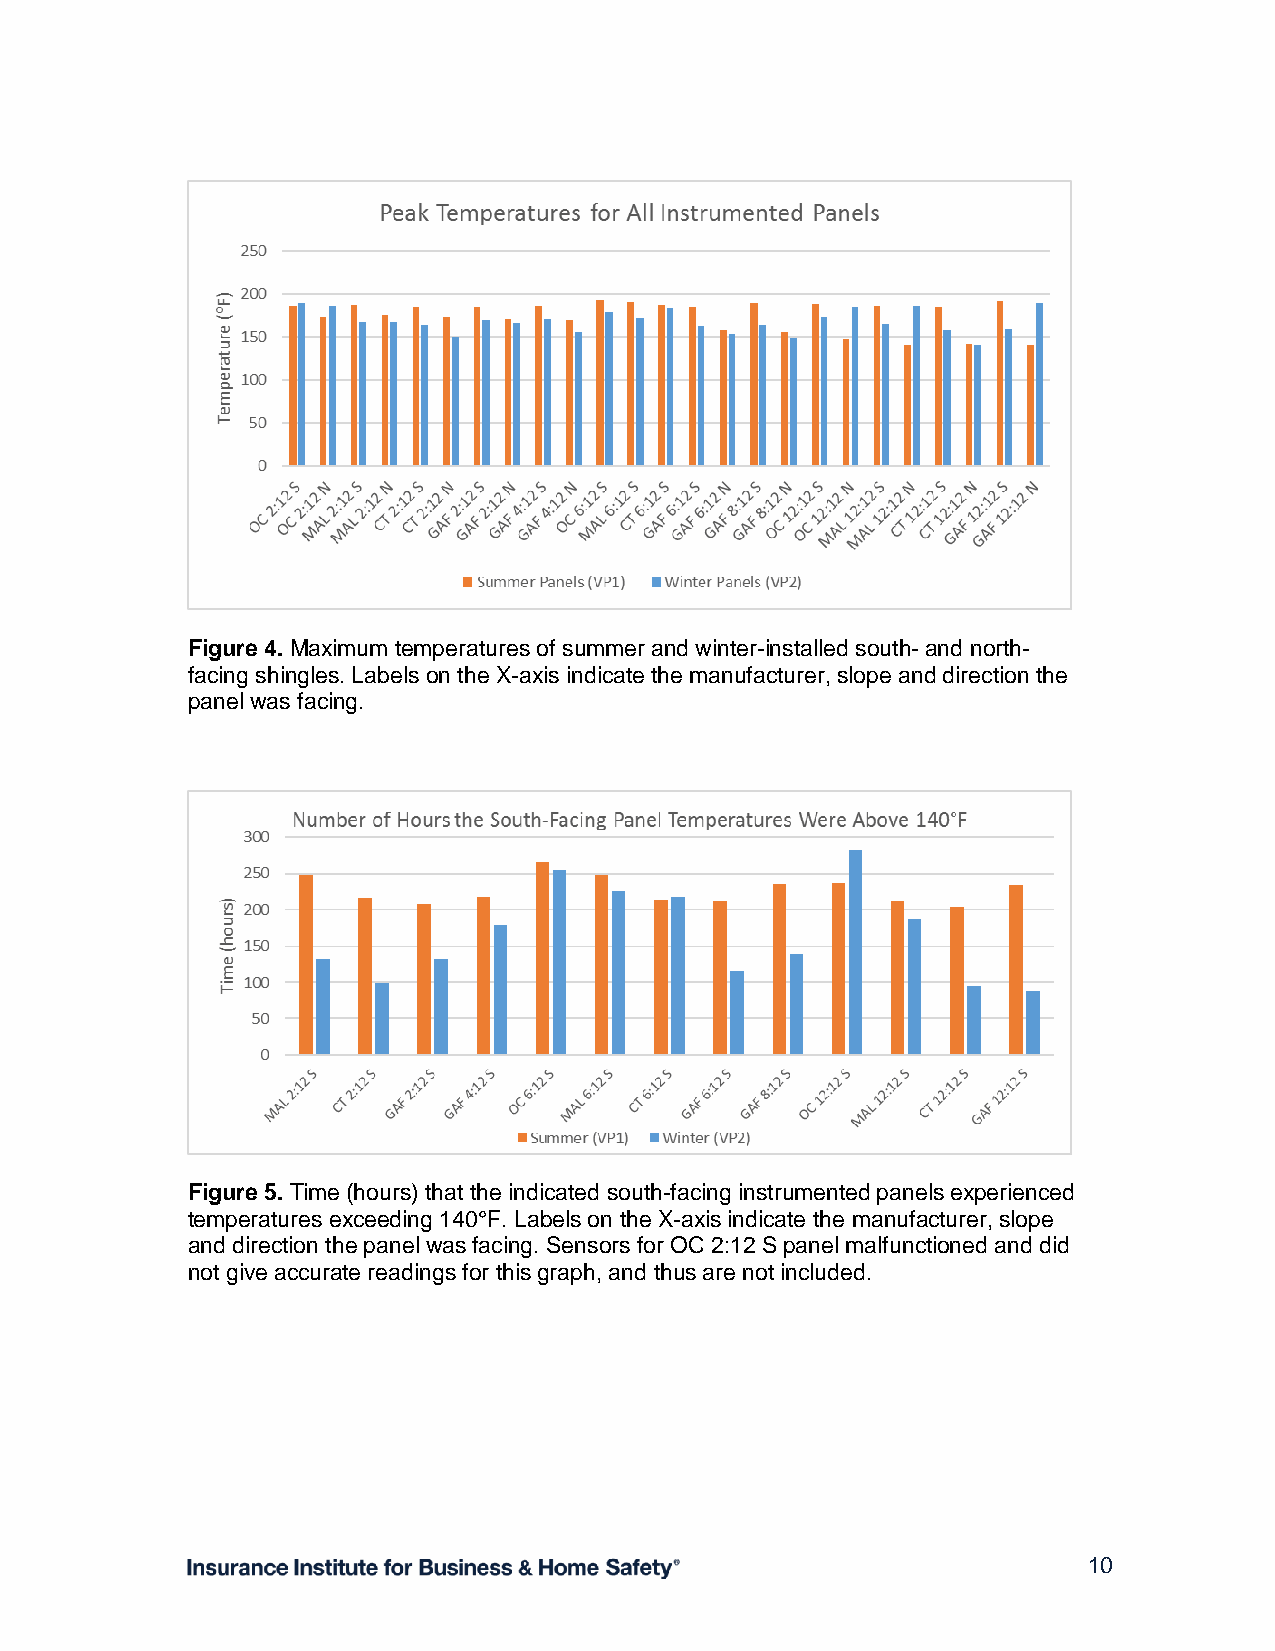
Figure 4. Maximum temperatures of summer and winter-installed south- and north-
 facing shingles. Labels on the X-axis indicate the manufacturer, slope and direction the
 panel was facing.
 Figure 5. Time (hours) that the indicated south-facing instrumented panels experienced
 temperatures exceeding 140°F. Labels on the X-axis indicate the manufacturer, slope
 and direction the panel was facing. Sensors for OC 2:12 S panel malfunctioned and did
 not give accurate readings for this graph, and thus are not included.
 10